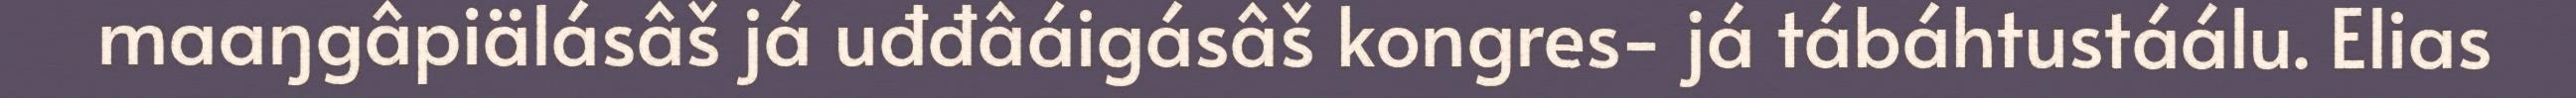
maaŋgâpiälásâš já uđđâáigásâš kongres- já tábáhtustáálu. Elias